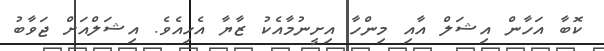
ކޮބާ އަހާން އިޝަލް އާއި މިންހާ އިށީނުމާއެކު ޒާޔާ އެހިއެވެ. އިޝަލްއަށް ޖަވާބު